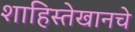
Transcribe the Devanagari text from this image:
शाहिस्तेखानचे